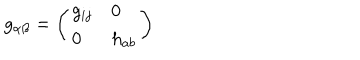
g _ { \alpha \beta } = \left( \begin{array} { l l } { { g _ { i j } } } & { { 0 } } \\ { { 0 } } & { { h _ { a b } } } \\ \end{array} \right)